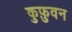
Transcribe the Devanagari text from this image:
कुफ़ुवन